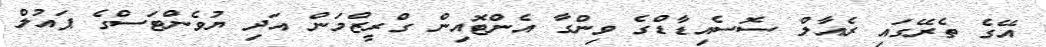
އޭގެ ތެރޭގައި ރެއާލް ސޮސެއިޑާޑްގެ ވިންގާ އެންޓޮއިން ގްރީޒްމަން އަދި ޔުވެންޓަސްގެ ޕައުލް